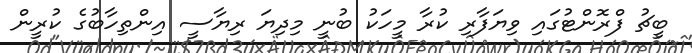
ބީޗު ފްރޮންޓުގައި ވިޔަފާރި ކުރާ މީހަކު ބުނީ މިދިޔަ ރިޔާސީ އިންތިހާބުގެ ކުރީން